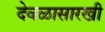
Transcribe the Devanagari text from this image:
देवळासारखी